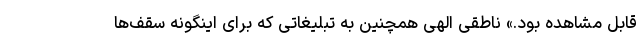
قابل مشاهده بود.» ناطقی الهی همچنین به تبلیغاتی که برای اینگونه سقف‌ها